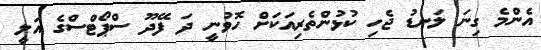
އެންމެ ގިނަ ލަނޑު ޖެހި ކުޅުންތެރިއަކަށް ހޮވުނީ ދަ ފޭދޫ ސްޕޯޓްސްގެ އަލީ